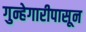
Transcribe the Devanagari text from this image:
गुन्हेगारीपासून